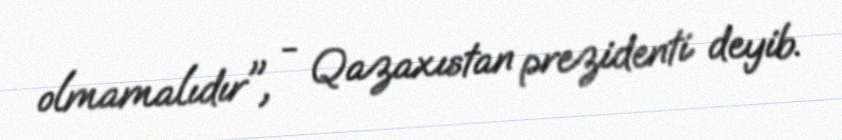
olmamalıdır", - Qazaxıstan prezidenti deyib.